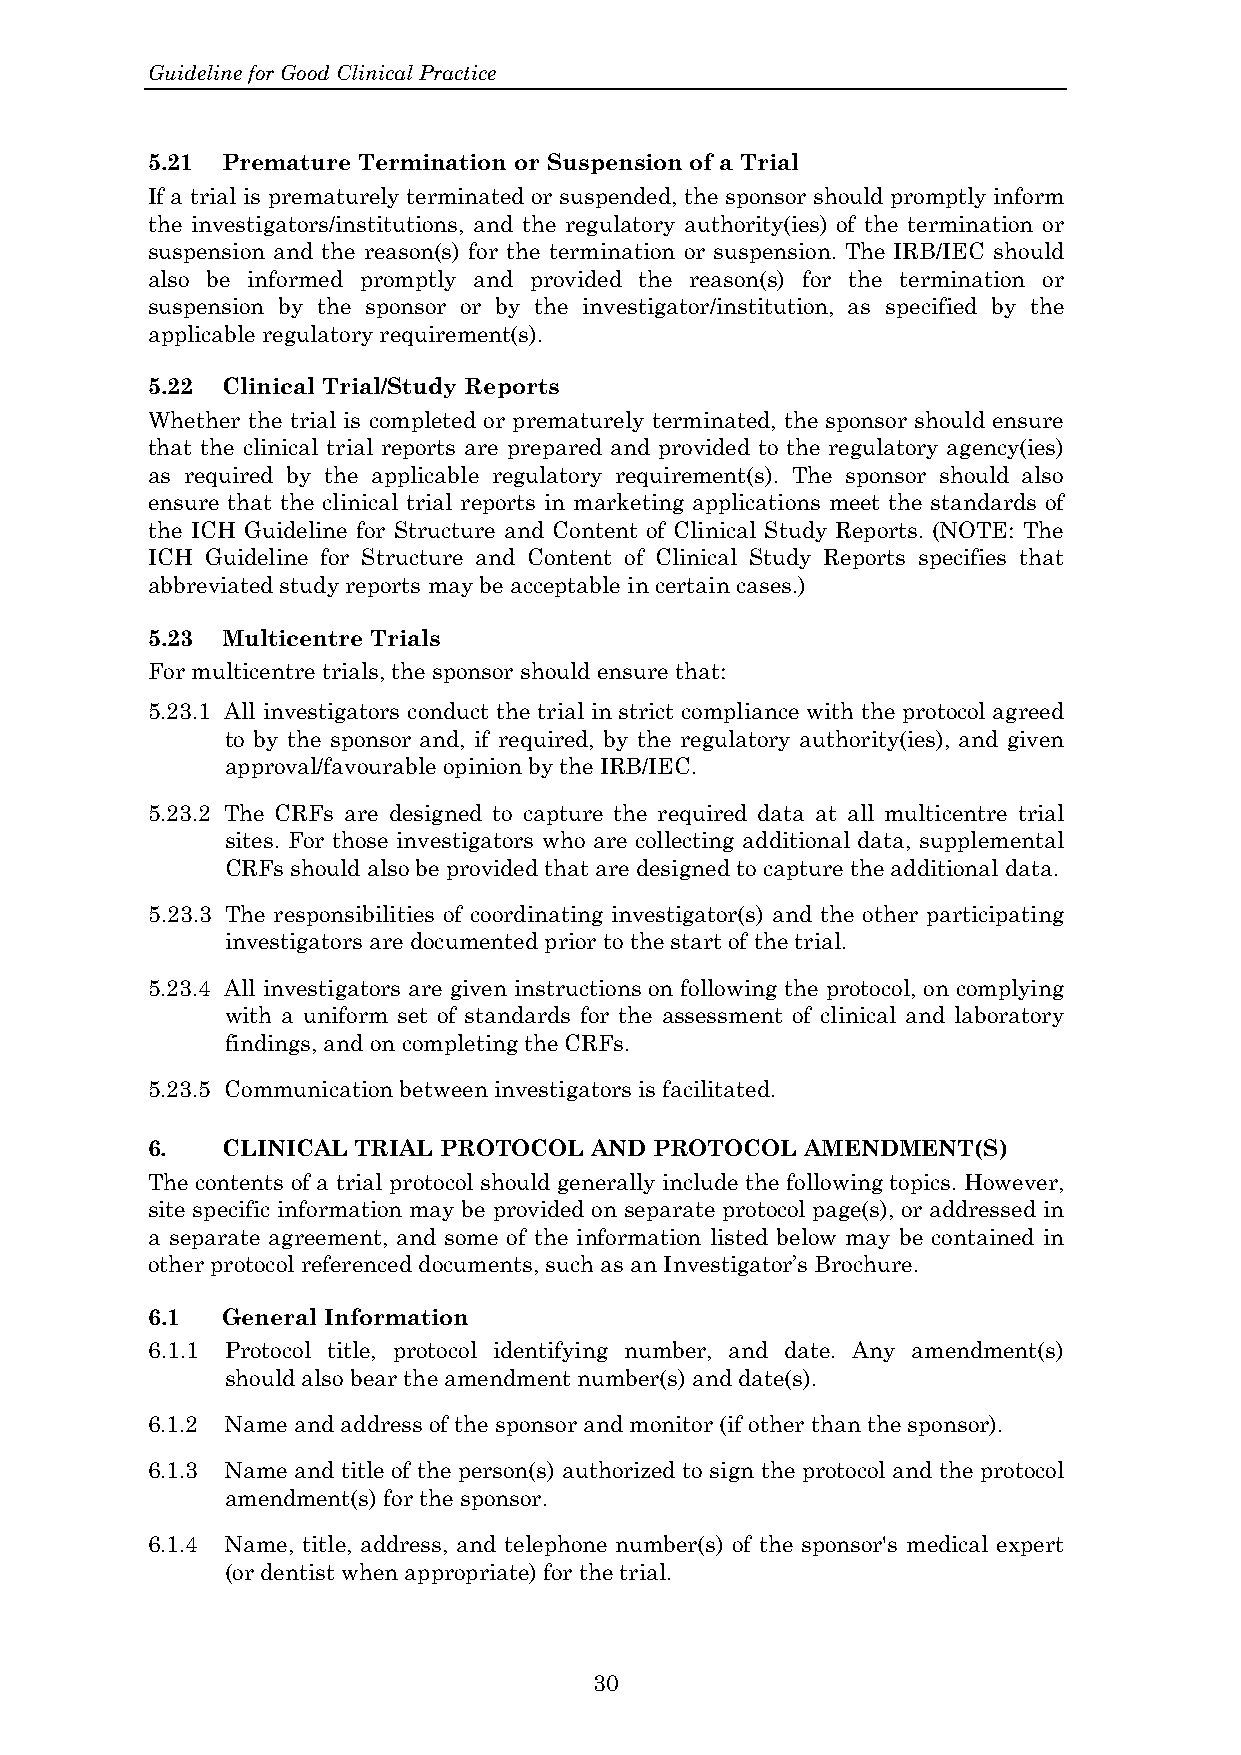
Guideline for Good Clinical Practice
 5.21 Premature Termination or Suspension of a Trial
 If a trial is prematurely terminated or suspended, the sponsor should promptly inform
 the investigators/institutions, and the regulatory authority(ies) of the termination or
 suspension and the reason(s) for the termination or suspension. The IRB/IEC should
 also be informed promptly and provided the reason(s) for the termination or
 suspension by the sponsor or by the investigator/institution, as specified by the
 applicable regulatory requirement(s).
 5.22 Clinical Trial/Study Reports
 Whether the trial is completed or prematurely terminated, the sponsor should ensure
 that the clinical trial reports are prepared and provided to the regulatory agency(ies)
 as required by the applicable regulatory requirement(s). The sponsor should also
 ensure that the clinical trial reports in marketing applications meet the standards of
 the ICH Guideline for Structure and Content of Clinical Study Reports. (NOTE: The
 ICH Guideline for Structure and Content of Clinical Study Reports specifies that
 abbreviated study reports may be acceptable in certain cases.)
 5.23 Multicentre Trials
 For multicentre trials, the sponsor should ensure that:
 5.23.1 All investigators conduct the trial in strict compliance with the protocol agreed
 to by the sponsor and, if required, by the regulatory authority(ies), and given
 approval/favourable opinion by the IRB/IEC.
 5.23.2 The CRFs are designed to capture the required data at all multicentre trial
 sites. For those investigators who are collecting additional data, supplemental
 CRFs should also be provided that are designed to capture the additional data.
 5.23.3 The responsibilities of coordinating investigator(s) and the other participating
 investigators are documented prior to the start of the trial.
 5.23.4 All investigators are given instructions on following the protocol, on complying
 with a uniform set of standards for the assessment of clinical and laboratory
 findings, and on completing the CRFs.
 5.23.5 Communication between investigators is facilitated.
 6.   CLINICAL TRIAL PROTOCOL AND PROTOCOL  AMENDMENT(S)
 The contents of a trial protocol should generally include the following topics. However,
 site specific information may be provided on separate protocol page(s), or addressed in
 a separate agreement, and some of the information listed below may be contained in
 other protocol referenced documents, such as an Investigator’s Brochure.
 6.1  General Information
 6.1.1 Protocol title, protocol identifying number, and date. Any amendment(s)
 should also bear the amendment number(s) and date(s).
 6.1.2 Name and address of the sponsor and monitor (if other than the sponsor).
 6.1.3 Name and title of the person(s) authorized to sign the protocol and the protocol
 amendment(s) for the sponsor.
 6.1.4 Name, title, address, and telephone number(s) of the sponsor's medical expert
 (or dentist when appropriate) for the trial.
 30